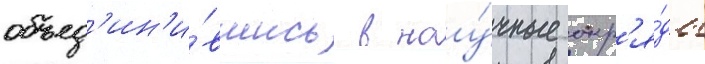
объед'ин'и́вшись в нау́чные отр'я́ды